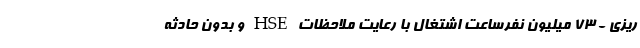
ریزی - 73 میلیون نفرساعت اشتغال با رعایت ملاحظات HSE و بدون حادثه